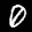
Label: 0